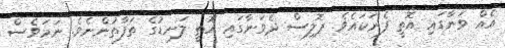
އެއް ވަނާގައި އޮތީ ފެނަކައެވެ. ޕޮލިސް ދެވަނާގައި އޮތީ ލަނޑުގެ ތަފާތުންނެވެ. ނަމަވެސް